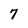
Character: 7